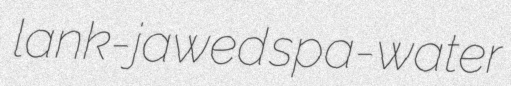
lank-jawed spa-water